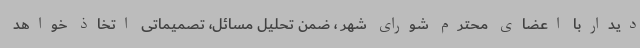
دیداربا اعضای محترم شورای شهر ، ضمن تحلیل مسائل، تصمیماتی اتخاذ خواهد